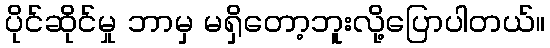
ပိုင်ဆိုင်မှု ဘာမှ မရှိတော့ဘူးလို့ပြောပါတယ်။